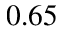
0 . 6 5